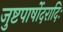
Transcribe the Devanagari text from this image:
जुष्टपार्षोदरादिः